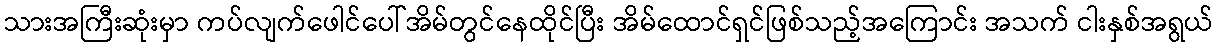
သားအကြီးဆုံးမှာ ကပ်လျက်ဖေါင်ပေါ်အိမ်တွင်နေထိုင်ပြီး အိမ်ထောင်ရှင်ဖြစ်သည့်အကြောင်း အသက် ငါးနှစ်အရွယ်